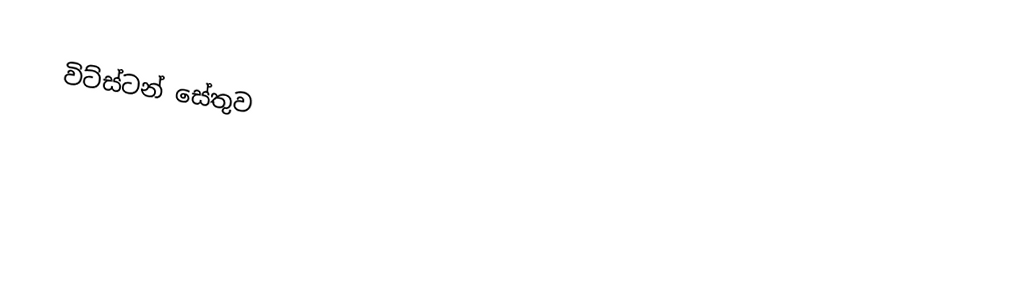
විට්ස්ටන් සේතුව